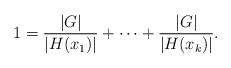
LaTeX: \begin{align*}1 = \frac{|G|}{|H(x_1)|} + \cdots + \frac{|G|}{|H(x_k)|}.\end{align*}